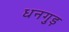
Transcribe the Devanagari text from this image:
धनगुड़